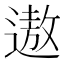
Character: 遨